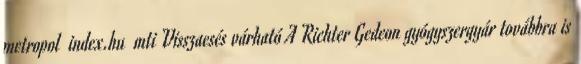
metropol index.hu mti Visszaesés várható A Richter Gedeon gyógyszergyár továbbra is